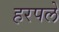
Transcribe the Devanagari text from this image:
हरपलें